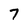
Character: 7